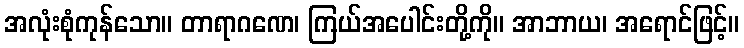
အလုံးစုံကုန်သော။ တာရာဂဏေ၊ ကြယ်အပေါင်းတို့ကို။ အာဘာယ၊ အရောင်ဖြင့်။